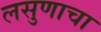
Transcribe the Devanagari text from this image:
लसुणाचा